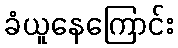
ခံယူနေကြောင်း